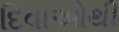
દિવાઓથી